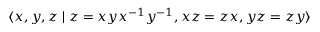
\langle x , y , z \mid z = x y x ^ { - 1 } y ^ { - 1 } , x z = z x , y z = z y \rangle